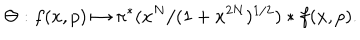
LaTeX: \Theta : f ( x , p ) \mapsto \pi ^ { * } ( x ^ { N } / ( 1 + x ^ { 2 N } ) ^ { { 1 / 2 } } ) * f ( x , p ) .